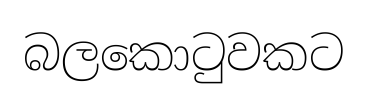
බලකොටුවකට